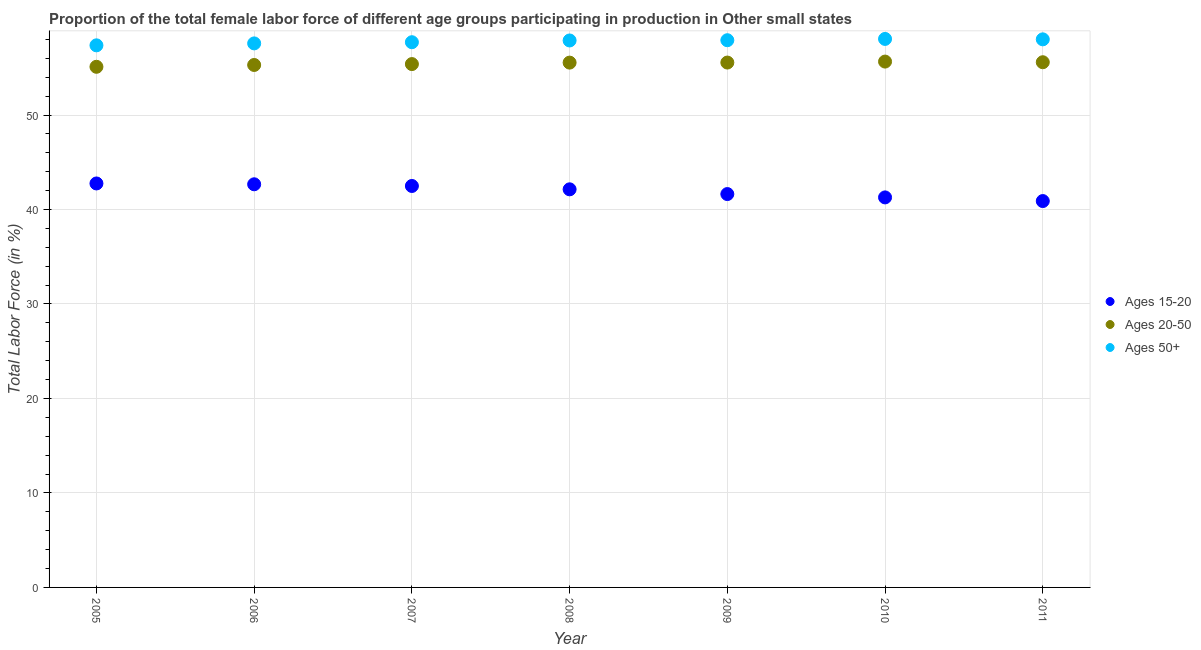
| Year | Ages 15-20 | Ages 20-50 | Ages 50+ |
 | --- | --- | --- | --- |
 | 2005 | 42.8 | 55.1 | 57.4 |
 | 2006 | 42.7 | 55.3 | 57.6 |
 | 2007 | 42.5 | 55.4 | 57.7 |
 | 2008 | 42.1 | 55.5 | 57.9 |
 | 2009 | 41.6 | 55.6 | 57.9 |
 | 2010 | 41.3 | 55.7 | 58.1 |
 | 2011 | 40.9 | 55.6 | 58 |